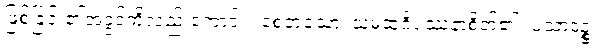
ဖြစ်ခြင်း၏အခွင့်ကိုလည်းကောင်း။ စေတသော၊ သမထဝိပဿနာစိတ်၏။ ပသာဒဉ္စ၊